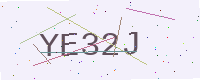
Text: YE32J